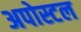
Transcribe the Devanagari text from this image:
अपोस्टल